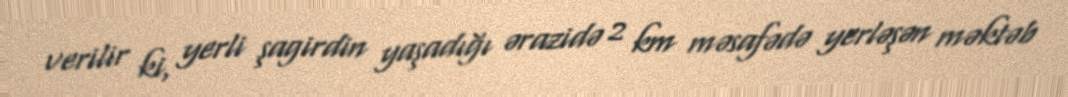
verilir ki, yerli şagirdin yaşadığı ərazidə 2 km məsafədə yerləşən məktəb